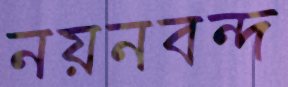
নয়নবন্দ